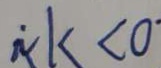
\therefore k < 0 \cdot